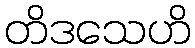
တိဒသေဟိ